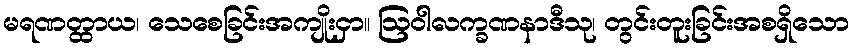
မရဏတ္ထာယ၊ သေစေခြင်းအကျိုးငှာ။ ဩဝါလက္ခဏနာဒီသု၊ တွင်းတူးခြင်းအစရှိသော